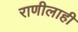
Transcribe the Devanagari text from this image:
राणीलाही